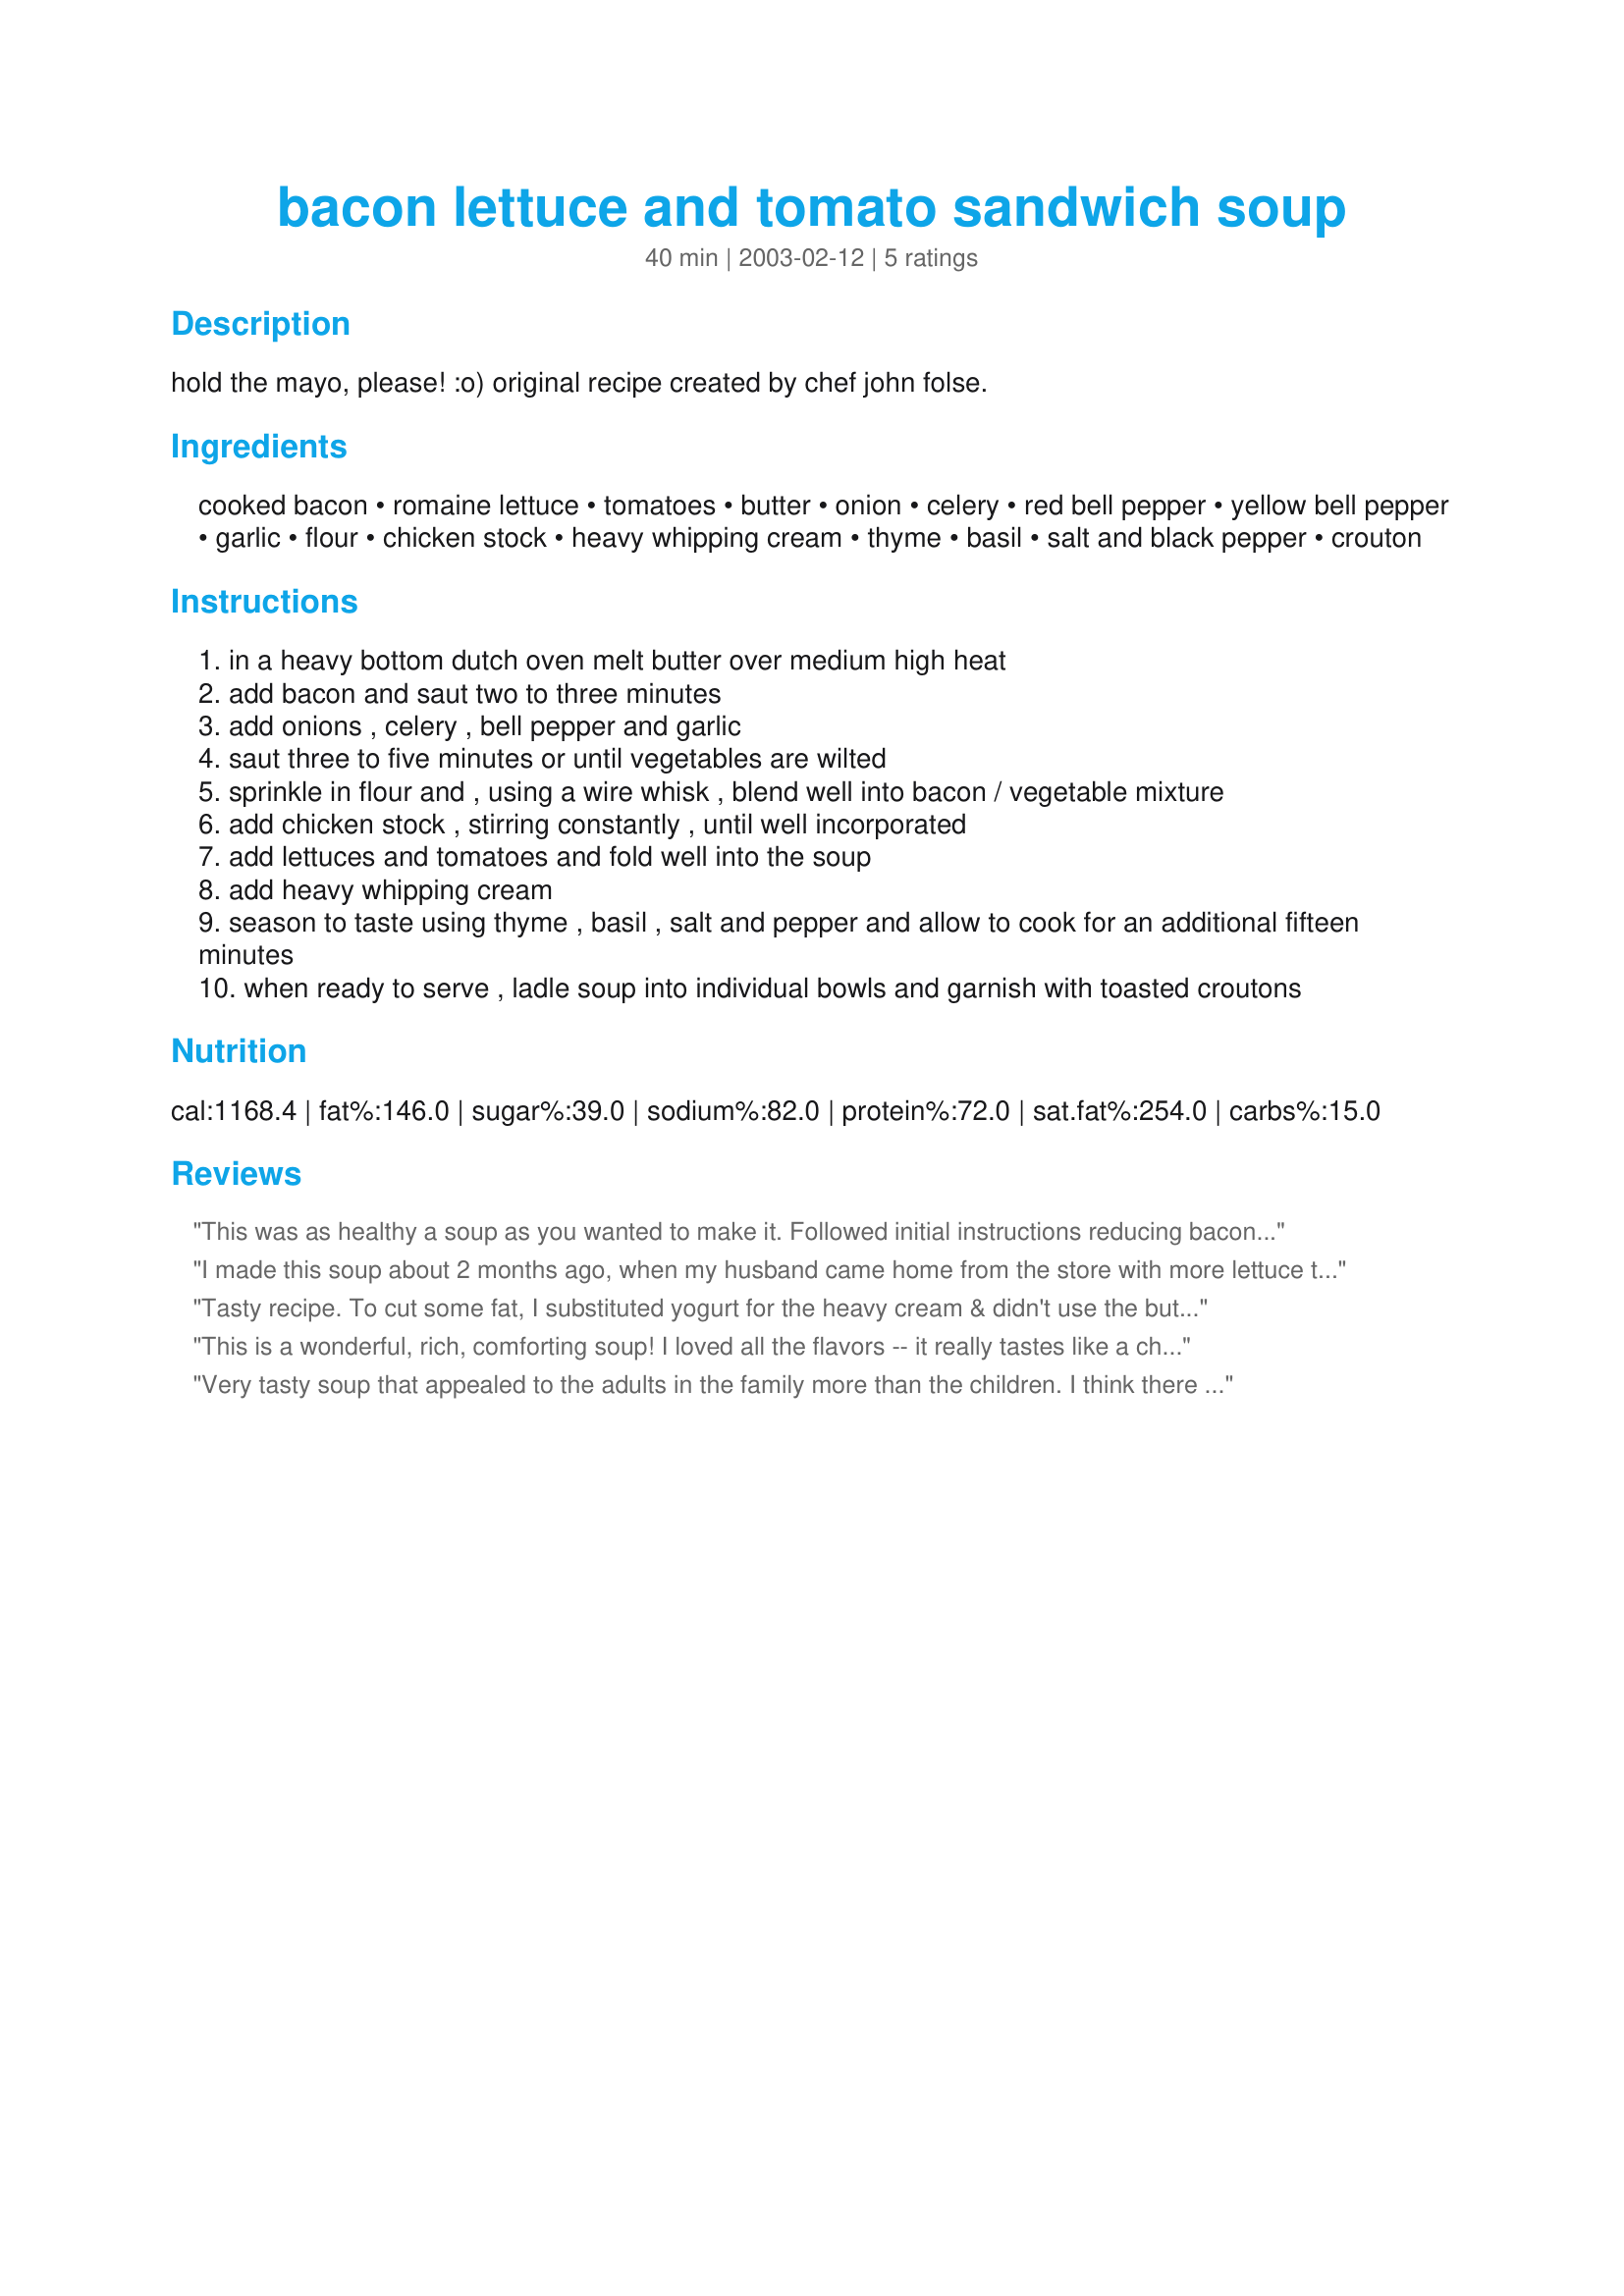
bacon lettuce and tomato sandwich soup
Preparation time: 40 minutes

hold the mayo, please! :o) original recipe created by chef john folse.

Ingredients:
cooked bacon, romaine lettuce, tomatoes, butter, onion, celery, red bell pepper, yellow bell pepper, garlic, flour, chicken stock, heavy whipping cream, thyme, basil, salt and black pepper, crouton

Steps:
in a heavy bottom dutch oven melt butter over medium high heat
add bacon and saut two to three minutes
add onions , celery , bell pepper and garlic
saut three to five minutes or until vegetables are wilted
sprinkle in flour and , using a wire whisk , blend well into bacon / vegetable mixture
add chicken stock , stirring constantly , until well incorporated
add lettuces and tomatoes and fold well into the soup
add heavy whipping cream
season to taste using thyme , basil , salt and pepper and allow to cook for an additional fifteen minutes
when ready to serve , ladle soup into individual bowls and garnish with toasted croutons

Reviews:
This was as healthy a soup as you wanted to make it. Followed initial instructions reducing bacon to 4 slices and not draining drippings. In fact added 1 TBSP. butter & some olive oil to make it a little more healthy. Used a variety of fresh garden vegetables available (green onions, 1 carrot, 1/4 head cauliflower & stem, 3/4 large red pepper, a few button mushrooms, celery, spanish onion, 3 zuchini, 1/2 cup of home dried tomatoes,1 head of garlic, and ton of fresh leaf lettuce from the garden). Sweated all vegetables and added about 2/3 cup of wheat flour. Added all of this to 6 quarts of home made chicken broth & cooked 15 minutes. I put 2/3 of it through the food processor and 1/3 through the blender. I added the smooth and courser chop back into the pot and added a tsp. of paprika, 1/2 tsp. of tumeric, a teaspoon of tarragon, and salt and pepper to taste. No milk was necessary. To my wife's bowl, added a couple of TBSP. of heavy cream and some grated chedar cheese. The cream & cheese make it rich. I however found it to be plenty rich enough without the milk products. The 1/3 run through the blender makes a very creamy base for the thicker & chunkier food processor batch. Just more dishes to do. Lots of color & a very healthy meal. My wife loved it. Jim in So. Calif.
I made this soup about 2 months ago, when my husband came home from the store with more lettuce than we could possibly eat in salads. The recipe makes a very good soup, with lots of flavor. Following moxie's advice, I chopped the vegetables very fine. I also reduced the cream to 1 cup, which seemed to be quite sufficient. I also agree that milk could be easily substituted for all the cream. Thank you for posting this recipe.
Tasty recipe. To cut some fat, I substituted yogurt for the heavy cream & didn't use the butter to saute bacon. Thanking for sharing.
This is a wonderful, rich, comforting soup! I loved all the flavors -- it really tastes like a chowder that has either potato or cheese in it. I minced my aromatic vegetables very fine, and I think that added to the rich flavor. I did also use only about half the pint of cream. I think when I make it again, I will probably use milk. Thanks for sharing this neat recipe!
Very tasty soup that appealed to the adults in the family more than the children. I think there might have been too much texture in there for them, although I like that in a soup. I found that I didn't need to add the entire pint of cream and stopped at around half that.
